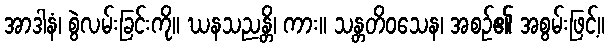
အာဒါနံ၊ စွဲလမ်းခြင်းကို။ ဃနသညန္တိ၊ ကား။ သန္တတိဝသေန၊ အစဉ်၏ အစွမ်းဖြင့်။